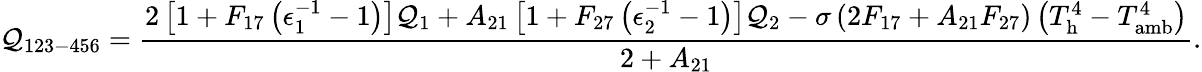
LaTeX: \mathcal{Q}_{123-456}=\frac{{2\left[1+F_{17}\left(\epsilon_{1}^{-1}-1\right)\right]\mathcal{Q}_{1}+A_{21}\left[1+F_{27}\left(\epsilon_{2}^{-1}-1\right)\right]\mathcal{Q}_{2}-\sigma\left(2F_{17}+A_{21}F_{27}\right)\left(T_{\mathrm{{h}}}^{4}-T_{\mathrm{{amb}}}^{4}\right)}}{{2+A_{21}}}{.}